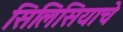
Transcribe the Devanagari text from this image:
सिलिसियाचे